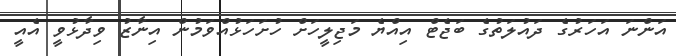
އަންނަ އަހަރުގެ ދައުލަތުގެ ބަޖެޓް އިއްޔެ މަޖިލީހަށް ހުށަހަޅުއްވަމުން އިނާޒު ވިދާޅުވީ އެއީ